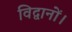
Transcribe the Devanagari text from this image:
विद्वानों।